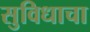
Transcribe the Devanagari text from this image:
सुविधाचा